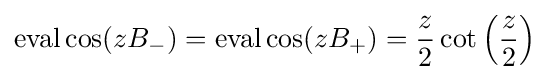
\operatorname {eval} \cos(zB_{-})=\operatorname {eval} \cos(zB_{+})={\frac {z}{2}}\cot \left({\frac {z}{2}}\right)